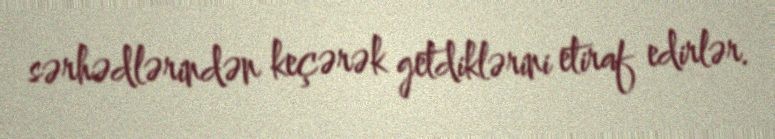
sərhədlərindən keçərək getdiklərini etiraf edirlər.